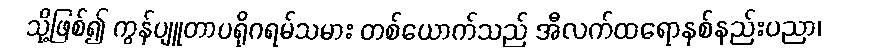
သို့ဖြစ်၍ ကွန်ပျူတာပရိုဂရမ်သမား တစ်ယောက်သည် အီလက်ထရောနစ်နည်းပညာ၊